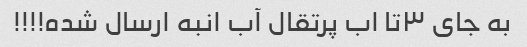
به جای ٣تا اب پرتقال آب انبه ارسال شده!!!!